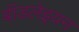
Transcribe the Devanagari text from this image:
बॉडलेइयन